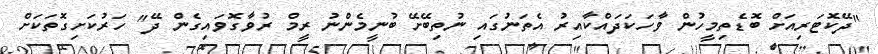
"ދޭކޮޓަރިއަށް ބޮޑެތިމީހުން ވާހަކަދައްކާއިރު އެތަނުގައި ނުތިބޭށޭ ބުނީމެންނު ރީމް ރުވާގޮވައިގެން ދޭ" ހަރުކަށިގޮތަކަށް